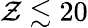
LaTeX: \mathcal{Z}\lesssim20